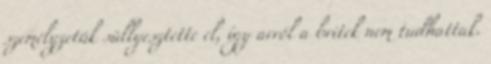
személyzetük süllyesztette el, így arról a britek nem tudhattak.